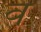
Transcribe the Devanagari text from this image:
व